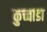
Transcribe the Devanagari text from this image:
कुच्वाडा